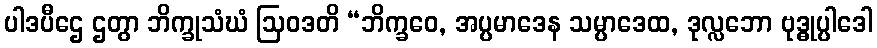
ပါဒပီဌေ ဌတွာ ဘိက္ခုသံဃံ ဩဝဒတိ “ဘိက္ခဝေ, အပ္ပမာဒေန သမ္ပာဒေထ, ဒုလ္လဘော ဗုဒ္ဓုပ္ပါဒေါ